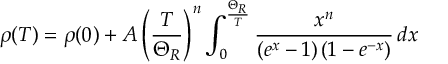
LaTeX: \rho ( T ) = \rho ( 0 ) + A \left( { \frac { T } { \Theta _ { R } } } \right) ^ { n } \int _ { 0 } ^ { \frac { \Theta _ { R } } { T } } { \frac { x ^ { n } } { \left( e ^ { x } - 1 \right) \left( 1 - e ^ { - x } \right) } } \, d x